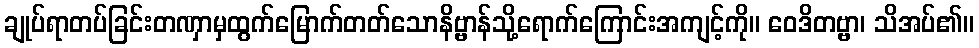
ချုပ်ရာတပ်ခြင်းတဏှာမှထွက်မြောက်တတ်သောနိဗ္ဗာန်သို့ရောက်ကြောင်းအကျင့်ကို။ ဝေဒိတဗ္ဗာ၊ သိအပ်၏။